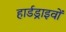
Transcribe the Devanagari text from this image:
हार्डड्राइवों